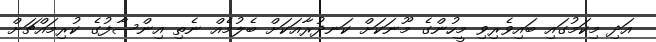
އަދި މިކަމުގައި ބައިވެރިވި މީހުންގެ މޫނަކަށް ކަނދުރާއަކަށް ބެލުމެއް ނެތި އިންސާފުގެ ކުރިމައްޗަށް